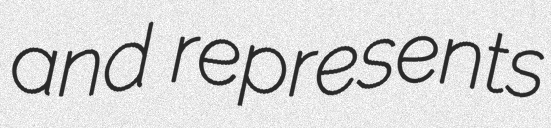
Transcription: and represents